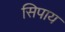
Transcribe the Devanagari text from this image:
सिपाय